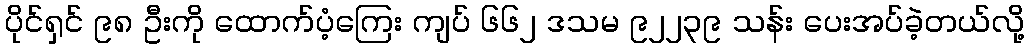
ပိုင်ရှင် ၉၈ ဦးကို ထောက်ပံ့ကြေး ကျပ် ၆၆၂ ဒသမ ၉၂၂၃၉ သန်း ပေးအပ်ခဲ့တယ်လို့